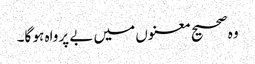
وہ صحیح معنوں میں‌ بے پرواہ ہو گا۔